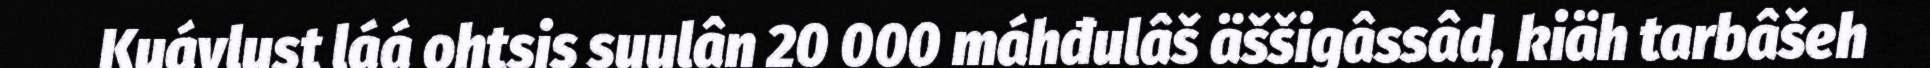
Kuávlust láá ohtsis suulân 20 000 máhđulâš äššigâssâd, kiäh tarbâšeh